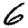
Digit: 6